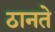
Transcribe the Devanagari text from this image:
ठानते